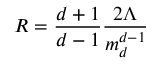
R = \frac { d + 1 } { d - 1 } \frac { 2 \Lambda } { m _ { d } ^ { d - 1 } }